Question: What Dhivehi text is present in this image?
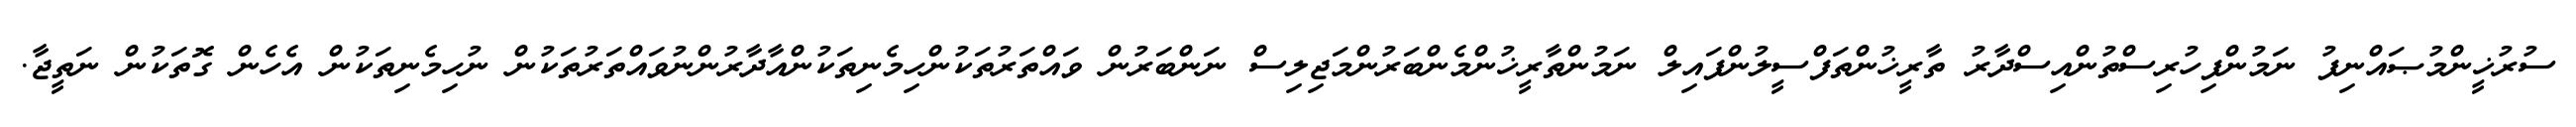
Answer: ސުރުޚީންމުޞައްނިފު ނަމުންފިހުރިސްތުންއިސްދާރު ތާރީޚުންތަފްސީލުންފައިލް ނަމުންތާރީޚުންމެންބަރުންމަޖިލިސް ނަންބަރުން ވައްތަރުތަކުންހިމެނިތަކުންއާދާރުންނުވައްތަރުތަކުން ނުހިމެނިތަކުން އެހެން ގޮތަކުން ނަތީޖާ.